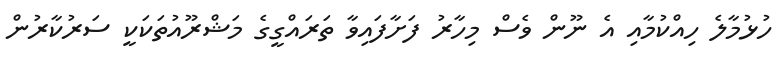
ހުޅުމާލެ ހިއްކުމާއި އެ ނޫން ވެސް މިހާރު ފަށާފައިވާ ތަރައްގީގެ މަޝްރޫއުތަކަކީ ސަރުކާރުން